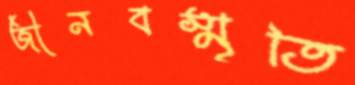
জীনবস্মৃতি